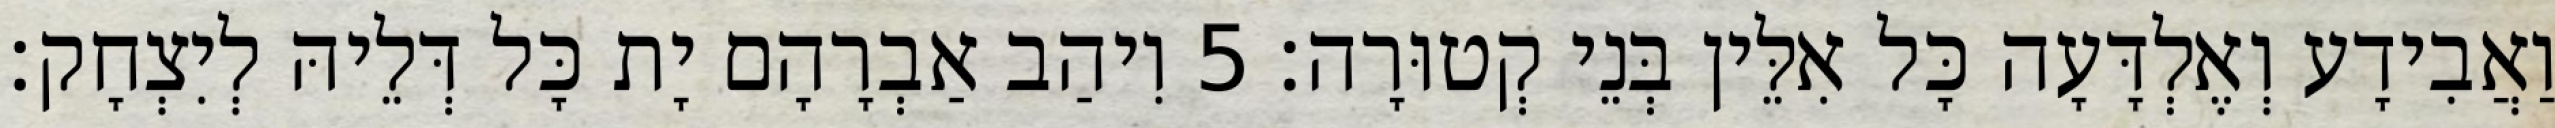
וַאֲבִידָע וְאֶלְדָּעָה כָּל אִלֵּין בְּנֵי קְטוּרָה׃ 5 וִיהַב אַבְרָהָם יָת כָּל דְּלֵיהּ לְיִצְחָק׃